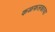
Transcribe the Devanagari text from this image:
कळफलकाचा